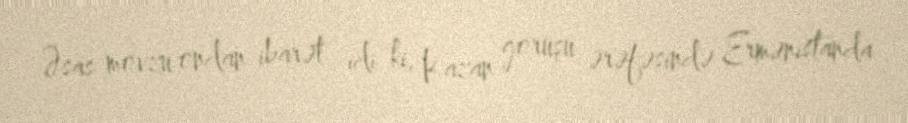
Əsas mövzu ondan ibarət idi ki, Kazan görüşü ərəfəsində Ermənistanda